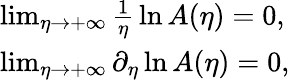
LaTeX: \begin{array}{l}{\operatorname*{lim}_{\eta\to+\infty}\frac{1}{\eta}\, \ln A(\eta)=0,}\\ {\operatorname*{lim}_{\eta\to+\infty}\partial_{\eta}\ln A(\eta)=0,}\end{array}